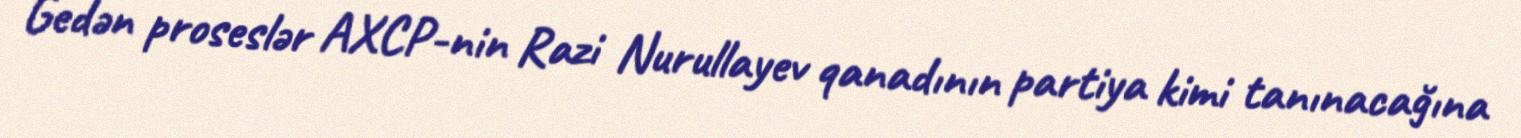
Gedən proseslər AXCP-nin Razi Nurullayev qanadının partiya kimi tanınacağına